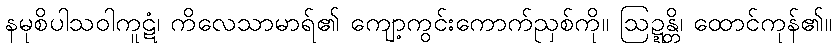
နမုစိပါသဝါကူဋံ၊ ကိလေသာမာရ်၏ ကျော့ကွင်းကောက်ညှစ်ကို။ ဩဍ္ဍန္တိ၊ ထောင်ကုန်၏။